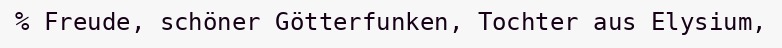
% Freude, schöner Götterfunken, Tochter aus Elysium,